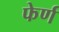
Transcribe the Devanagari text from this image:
फेर्ण